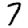
Digit: 7